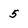
Character: 5